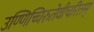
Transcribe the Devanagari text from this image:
उण्णिच्चिरुतेवीचरितम्